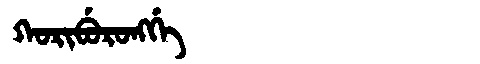
Manchu: ᡴᠣᡵᡳᠪᡠᡵᠣᠩᡤᡝ
Romanization: KORIBURONGGE